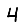
Digit: 4